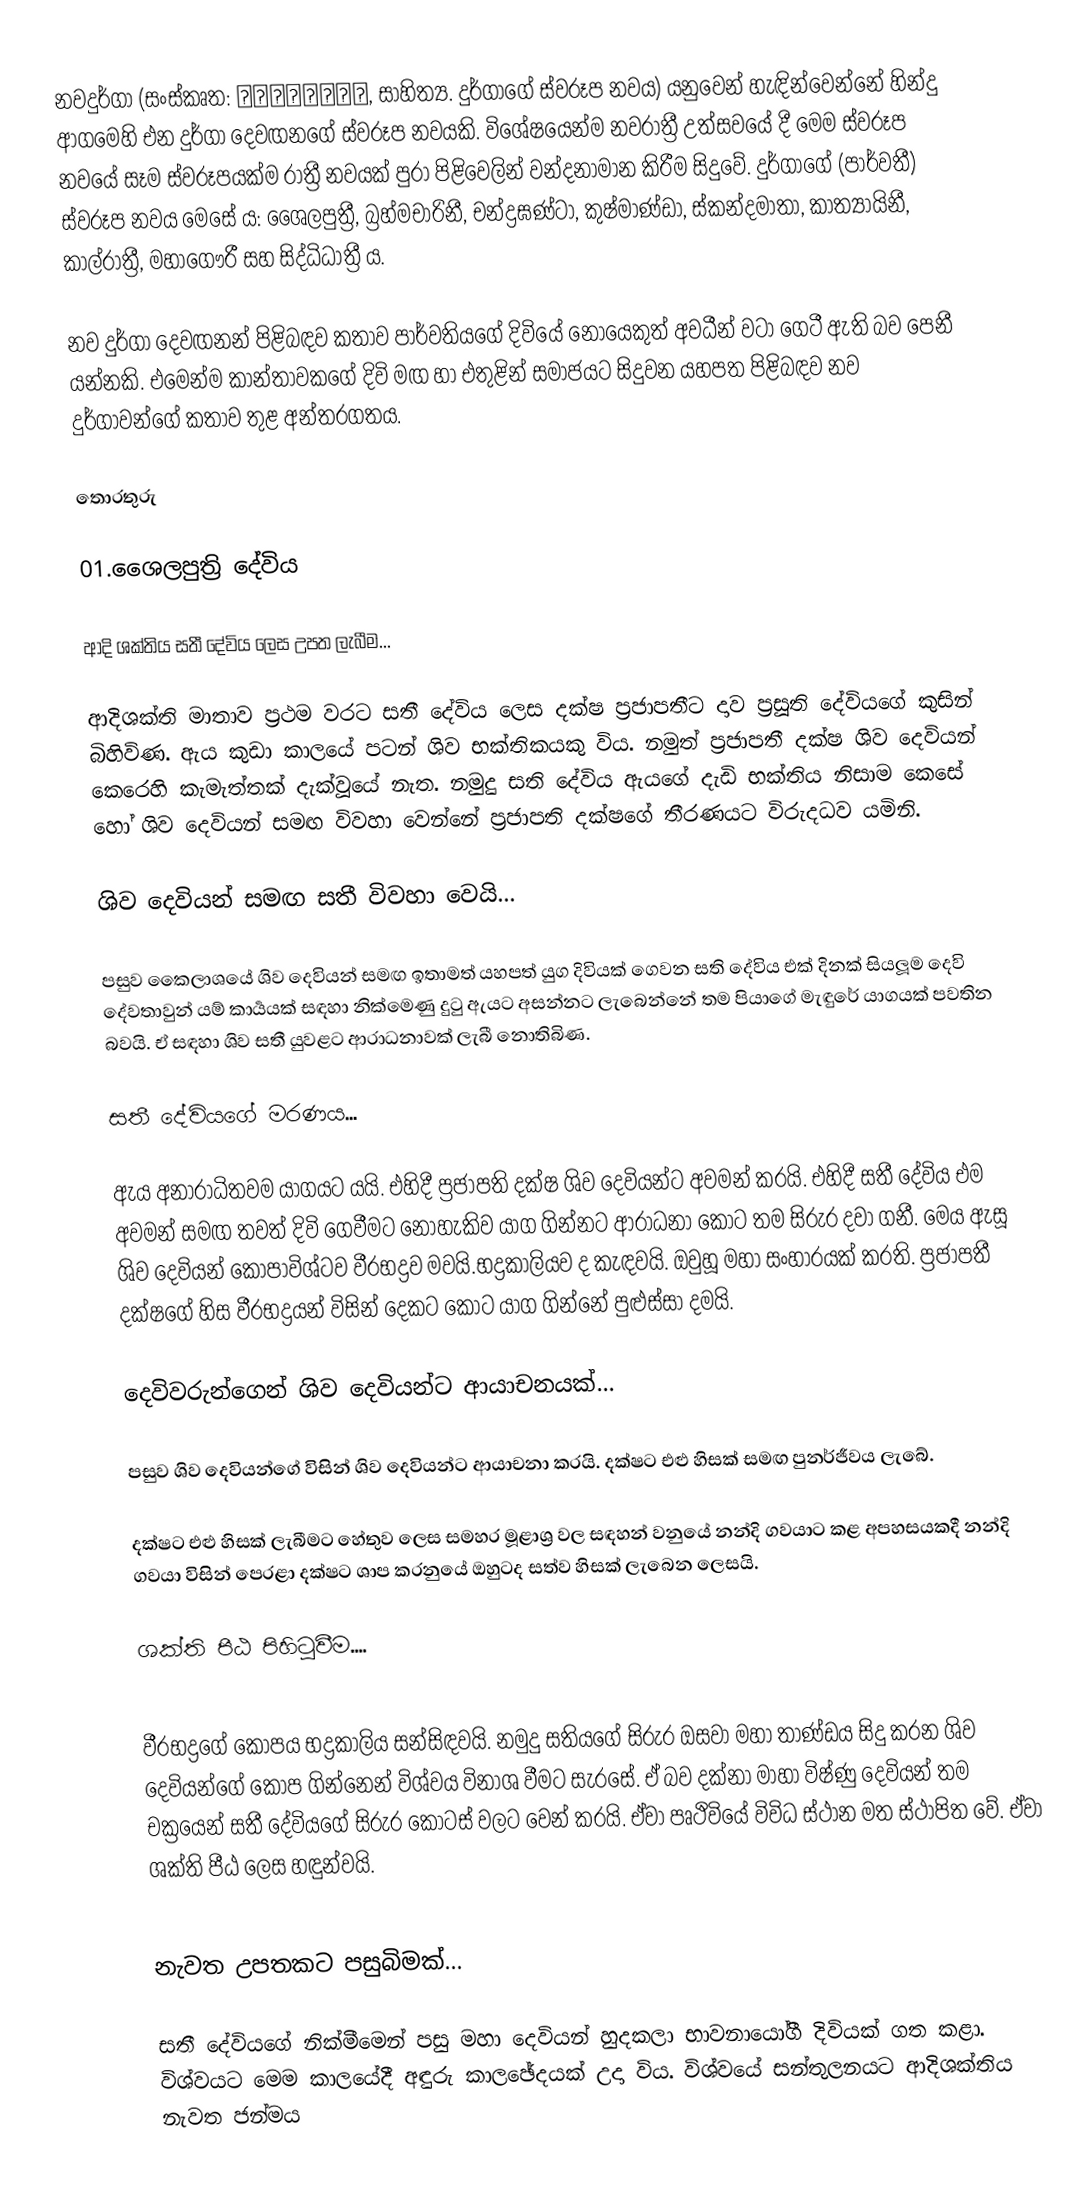
නවදුර්ගා (සංස්කෘත: नवदुर्गा, සාහිත්‍ය. දුර්ගාගේ ස්වරූප නවය) යනුවෙන් හැඳින්වෙන්නේ හින්දු ආගමෙහි එන දුර්ගා දෙවඟනගේ ස්වරූප නවයකි. විශේෂයෙන්ම නවරාත්‍රී උත්සවයේ දී මෙම ස්වරූප නවයේ සෑම ස්වරූපයක්ම රාත්‍රී නවයක් පුරා පිළිවෙලින් වන්දනාමාන කිරීම සිදුවේ. දුර්ගාගේ (පාර්වතී) ස්වරූප නවය මෙසේ ය: ශෛලපුත්‍රී, බ්‍රහ්මචාරිනී, චන්ද්‍රඝණ්ටා, කුෂ්මාණ්ඩා, ස්කන්දමාතා, කාත්‍යායිනී, කාල්රාත්‍රී, මහාගෞරී සහ සිද්ධිධාත්‍රී ය.

නව දුර්ගා දෙවඟනන් පිළිබඳව කතාව පාර්වතියගේ දිවියේ නොයෙකුත් අවධීන් වටා ගෙටී ඇති බව පෙනී යන්නකි. එමෙන්ම කාන්තාවකගේ දිවි මඟ හා එතුළින් සමාජයට සිදුවන යහපත පිළිබඳව නව දුර්ගාවන්ගේ කතාව තුළ අන්තරගතය.

තොරතුරු

01.ශෛලපුත්‍රි දේවිය

ආදි ශක්තිය සතී දේවිය ලෙස උපත ලැබීම...

ආදිශක්ති මාතාව ප්‍රථම වරට සතී දේවිය ලෙස දක්ෂ ප්‍රජාපතීට දාව ප්‍රසූති දේවියගේ කුසින් බිහිවිණ. ඇය කුඩා කාලයේ පටන් ශිව භක්තිකයකු විය. නමුත් ප්‍රජාපතී දක්ෂ ශිව දෙවියන් කෙරෙහි කැමැත්තක් දැක්වූයේ නැත. නමුදු සති දේවිය ඇයගේ දැඩි භක්තිය නිසාම කෙසේ හෝ ශිව දෙවියන් සමඟ විවහා වෙන්නේ ප්‍රජාපති දක්ෂගේ තීරණයට විරුදධව යමිනි.

ශිව දෙවියන් සමඟ සතී විවහා වෙයි...

පසුව කෛලාශයේ ශිව දෙවියන් සමඟ ඉතාමත් යහපත් යුග දිවියක් ගෙවන සති දේවිය එක් දිනක් සියලූම දෙවි දේවතාවුන් යම් කාර්‍යයක් සඳහා නික්මෙණු දුටු ඇයට අසන්නට ලැබෙන්නේ තම පියාගේ මැඳුරේ යාගයක් පවතින බවයි. ඒ සඳහා ශිව සතී යුවළට ආරාධනාවක් ලැබී නොතිබිණ.

සතී දේවියගේ මරණය...

ඇය අනාරාධිතවම යාගයට යයි. එහිදී ප්‍රජාපති දක්ෂ ශිව දෙවියන්ට අවමන් කරයි. එහිදී සතී දේවිය එම අවමන් සමඟ තවත් දිවි ගෙවීමට නොහැකිව යාග ගින්නට ආරාධනා කොට තම සිරුර දවා ගනී. මෙය ඇසූ ශිව දෙවියන් කෝපාවිශ්ටව වීරභද්‍රව මවයි.භද්‍රකාලියව ද කැඳවයි. ඔවුහූ මහා සංහාරයක් කරති. ප්‍රජාපතී දක්ෂගේ හිස වීරභද්‍රයන් විසින් දෙකට කොට යාග ගින්නේ පුළුස්සා දමයි.

දෙවිවරුන්ගෙන් ශිව දෙවියන්ට ආයාචනයක්...

පසුව ශිව දෙවියන්ගේ  විසින් ශිව දෙවියන්ට ආයාචනා කරයි. දක්ෂට එළු හිසක් සමඟ පුනර්ජීවය ලැබේ.

දක්ෂට එළු හිසක් ලැබීමට හේතුව ලෙස සමහර මූළාශ්‍ර වල සඳහන් වනුයේ නන්දි ගවයාට කළ අපහසයකදී නන්දි ගවයා විසින් පෙරළා දක්ෂට ශාප කරනුයේ ඔහුටද සත්ව හිසක් ලැබෙන ලෙසයි.

ශක්ති පීඨ පිහිටුවීම....

වීරභද්‍රගේ කෝපය භද්‍රකාලිය සන්සිඳවයි. නමුදු සතියගේ සිරුර ඔසවා මහා තාණ්ඩය සිදු කරන ශිව  දෙවියන්ගේ කෝප ගින්නෙන් විශ්වය විනාශ වීමට සැරසේ. ඒ බව දක්නා මාහා විෂ්ණු දෙවියන් තම චක්‍රයෙන් සතී දේවියගේ සිරුර කොටස් වලට වෙන් කරයි. ඒවා පෘථිවියේ විවිධ ස්ථාන මත ස්ථාපිත වේ. ඒවා ශක්ති පීඨ ලෙස හඳුන්වයි.

නැවත උපතකට පසුබිමක්...

සතී දේවියගේ නික්මීමෙන් පසු මහා දෙවියන් හුදකලා භාවනායෝගී දිවියක් ගත කළා. විශ්වයට මෙම කාලයේදී අඳුරු කාලඡේදයක් උදා විය. විශ්වයේ සන්තුලනයට ආදිශක්තිය නැවත ජන්මය